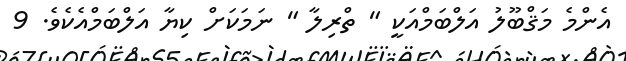
އެންމެ މަޤްބޫލު އަލްބަމްއަކީ " ތްރިލާ " ނަމަކަށް ކިޔާ އަލްބަމްއެކެވެ. 9